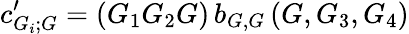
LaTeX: c_{G_{i};G}^{\prime}=(G_{1}G_{2}G)\, b_{G,G}\, (G,G_{3},G_{4})